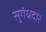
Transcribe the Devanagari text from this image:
सुगंधदार